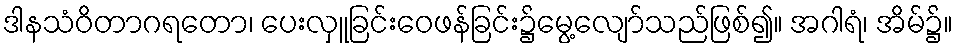
ဒါနသံဝိတာဂရတော၊ ပေးလှူခြင်းဝေဖန်ခြင်း၌မွေ့လျော်သည်ဖြစ်၍။ အဂါရံ၊ အိမ်၌။